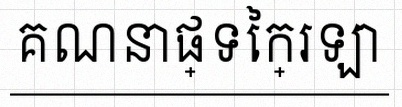
គណនាផ្ទៃក្រឡា